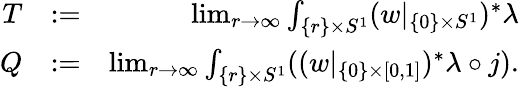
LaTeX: \begin{array}{rlr}{T}&{:=}&{\operatorname*{lim}_{r\to\infty}\int_{\{ r\} \times S^{1}}(w|_{\{ 0\} \times S^{1}})^{*}\lambda}\\ {Q}&{:=}&{\operatorname*{lim}_{r\to\infty}\int_{\{ r\} \times S^{1}}((w|_{\{ 0\} \times[0,1]})^{*}\lambda\circ j).}\end{array}